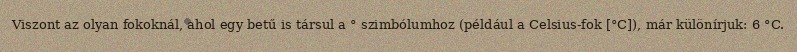
Viszont az olyan fokoknál, ahol egy betű is társul a ° szimbólumhoz (például a Celsius-fok [°C]), már különírjuk: 6 °C.